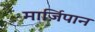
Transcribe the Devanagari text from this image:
मार्ज़िपान